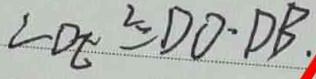
\angle D E ^ { 2 } = D O \cdot D B .